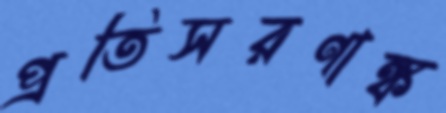
প্রতিসরণাঙ্ক